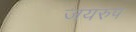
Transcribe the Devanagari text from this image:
जयरुप